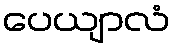
ပေယျာလံ